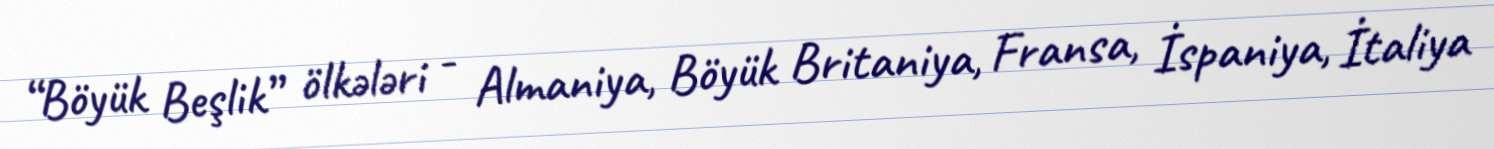
“Böyük Beşlik” ölkələri - Almaniya, Böyük Britaniya, Fransa, İspaniya, İtaliya